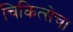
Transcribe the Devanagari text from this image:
चिकित्सेचा